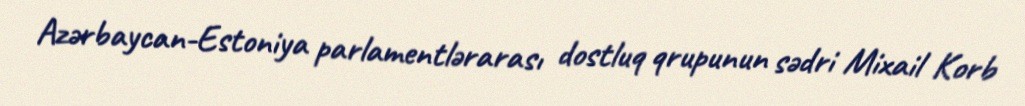
Azərbaycan-Estoniya parlamentlərarası dostluq qrupunun sədri Mixail Korb